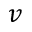
v